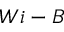
W i - B